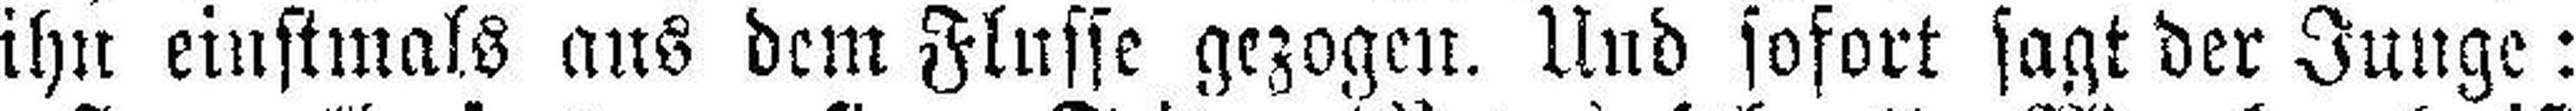
ihn einstmals aus dem Flusse gezogen. Und sofort sagt der Junge: